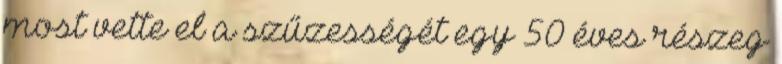
most vette el a szűzességét egy 50 éves részeg